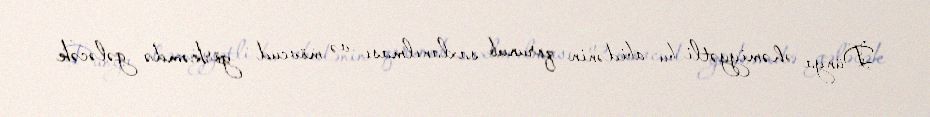
Dünya əhəmiyyətli bu abidənin qorunub saxlanılması və mövcud görkəmdə gələcək